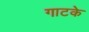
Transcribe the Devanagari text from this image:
गाटके